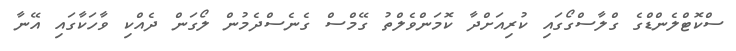
ސްކޮޓްލެންޑްގެ ގްލާސްގޯގައި ކުރިއަށްދާ ކޮމަންވެލްތު ގޭމްސް ގެނެސްދެމުން ލޯގަން ދެއްކި ވާހަކާގައި އޭނާ